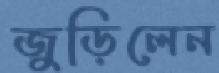
জুড়িলেন